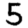
Digit: 5